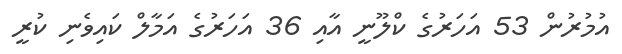
އުމުރުން 53 އަހަރުގެ ކްލޫނީ އާއި 36 އަހަރުގެ އަމާލް ކައިވެނި ކުރީ